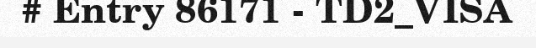
# Entry 86171 - TD2_VISA